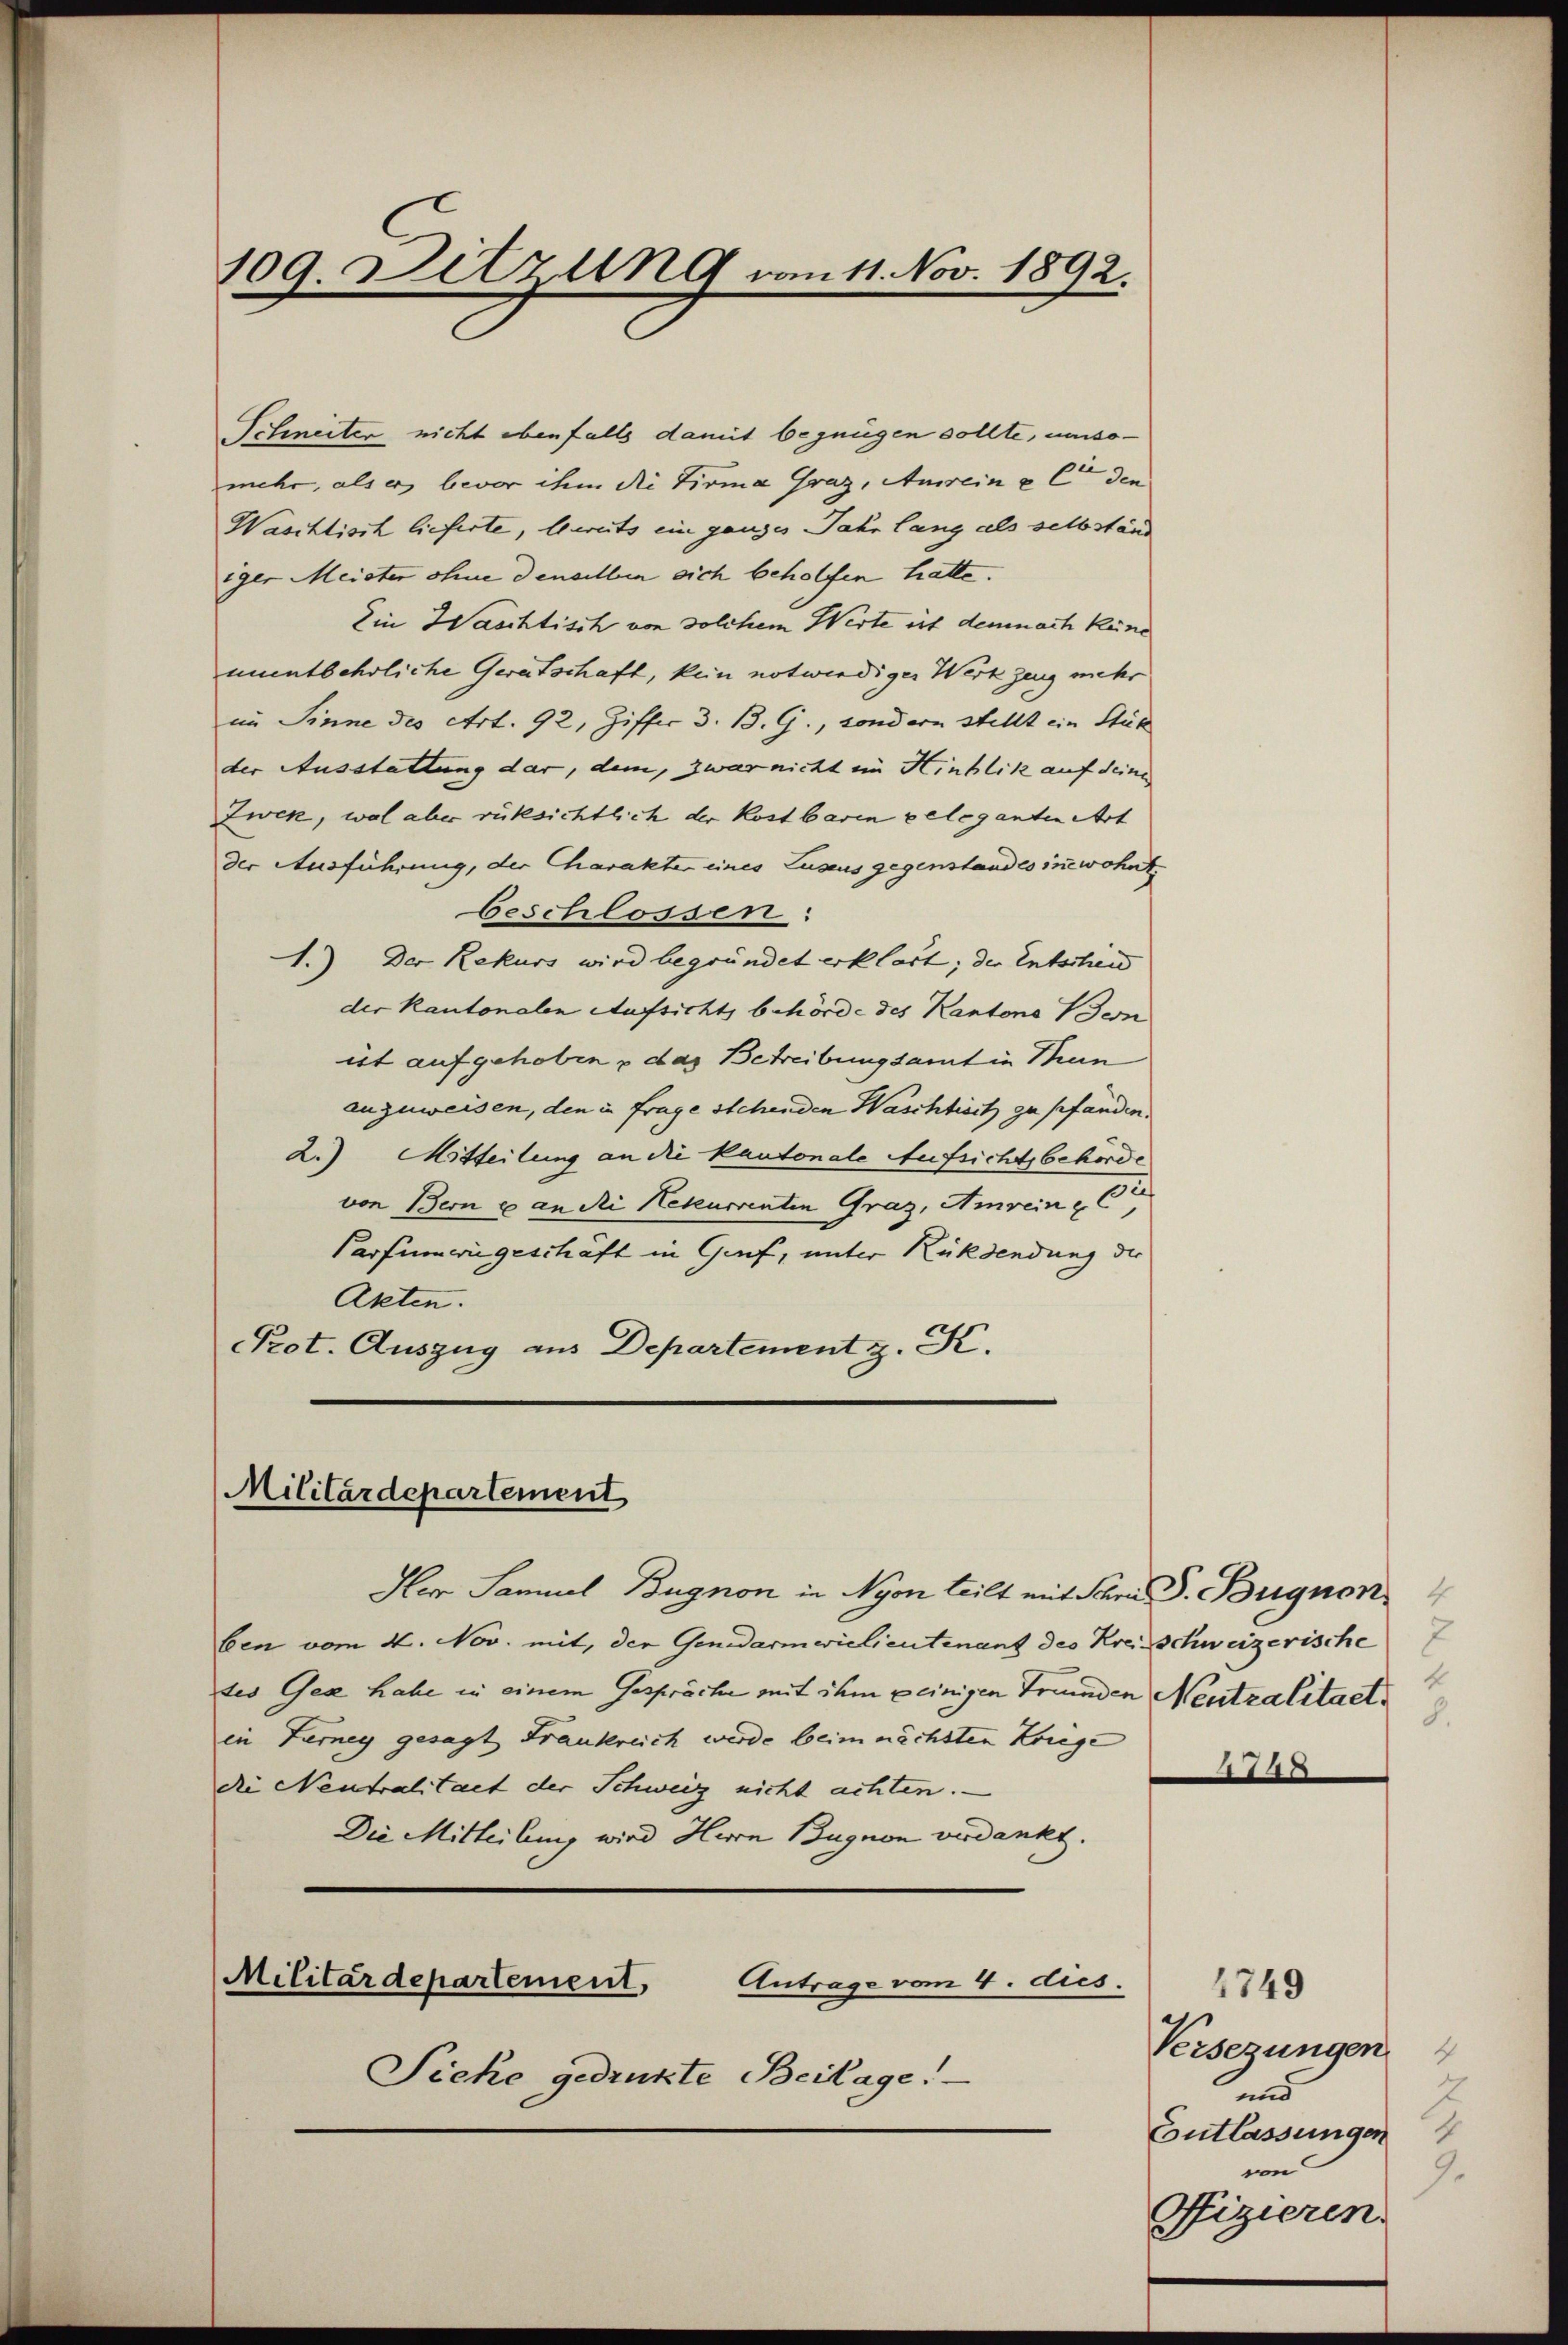
109. Detzung vom 11. Nov. 1892.

Schneiter nicht ebenfalls damit begnügen sollte, umsomehr, als er, bevor ihm die Firma Graz, Anreine le den
Waschtisch lieferte, bewuts ein ganzes Jahr lang als selbständ
iger Meister ohne denselben sich beholfen hatte.
Ein Waschtisch von solchem Werte ist demnach keine
unentbehrliche Gerätschaft, kein notwendiger Werkzeug mehr
im Sinne des Art. 92, Ziffer 3. B. G., sondern stellt ein Stück
der Ausstattung dar, dem, zwar nicht ein Hinblik auf seine
Zwek, wol aber rüksichtlich der Kostbaren geleganten Art
der Ausführung, der Charakte eines Luxus gegenstandes inewohnt
beschlossen:
1.) Der Rekurs wird begründet erklärt; der Entscheid
der Kantonalen Aufsicht behörde des Kantons Bern
ist aufgehoben u das Betreibungsamt in Mun
anzuweisen, den in frage stehenden Waschtisit zu pfänden.
2.) Mitteilung an die kantonale Aufsichtsbehörde
von Berne an die Rekurrenten Graz, Amreine C
Parfumwiegeschäft in Graf, unter Rücksendung der
Akten.
Pot. Auszug aus Departement z. K.

Militärdepartement

Her Sammel Bugnon in Nyon teilt mit der P. Bignon
ben vom 4. Nov. mit, der Gendarmerielieutenant des Kreisschweizerische
tes Gese habe in einem Gespräche mit dem peinigen Freunden Neutralitaelin Lerney gesagt Frankreich werde beim nächsten Kriege
die Neutralitaet der Schweiz nicht achten.
Die Mitteilung wird Herrn Bugnon verdankt.
Militärdepartement,
Antrage vom 4. dies.
Pieke gedrukte Beilage.

4
8.

1749
Versezungen
J
und
Entlassungen
von
9.
fizieren.